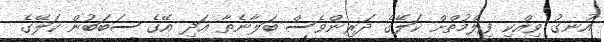
އުނގު ވިއްކި ފިލްމުތްށް ކަލޭގެ ދަރިންވެސް ބަލާނެތާ އަދި އޭގެ ސަބަބުން ކަލޭގެ